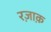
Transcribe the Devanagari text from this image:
रज़ाक़